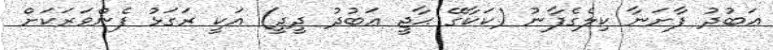
ޢަބުދު ފާށަނާ ކިލެގެފާނު (ކަކާގޭ ޙާޖީ ޢަބުދު ދީދީ) އަކީ ރަގަޅު ފެންވަރަކަށް